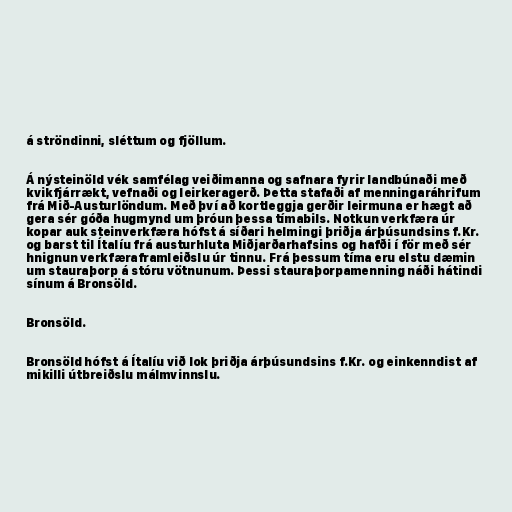
á ströndinni, sléttum og fjöllum.

Á nýsteinöld vék samfélag veiðimanna og safnara fyrir landbúnaði með
kvikfjárrækt, vefnaði og leirkeragerð. Þetta stafaði af menningaráhrifum
frá Mið-Austurlöndum. Með því að kortleggja gerðir leirmuna er hægt að
gera sér góða hugmynd um þróun þessa tímabils. Notkun verkfæra úr
kopar auk steinverkfæra hófst á síðari helmingi þriðja árþúsundsins f.Kr.
og barst til Ítalíu frá austurhluta Miðjarðarhafsins og hafði í för með sér
hnignun verkfæraframleiðslu úr tinnu. Frá þessum tíma eru elstu dæmin
um stauraþorp á stóru vötnunum. Þessi stauraþorpamenning náði hátindi
sínum á Bronsöld.

Bronsöld.

Bronsöld hófst á Ítalíu við lok þriðja árþúsundsins f.Kr. og einkenndist af
mikilli útbreiðslu málmvinnslu.